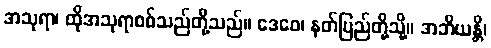
အသုရာ၊ ထိုအသုရာစစ်သည်တို့သည်။ ဒေဝေ၊ နတ်ပြည်တို့သို့။ အဘိယန္တိ၊